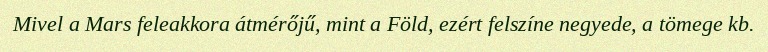
Mivel a Mars feleakkora átmérőjű, mint a Föld, ezért felszíne negyede, a tömege kb.